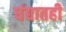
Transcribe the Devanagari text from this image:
धंद्यातही